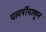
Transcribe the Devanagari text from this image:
यावर्षीपासून